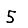
Digit: 5